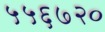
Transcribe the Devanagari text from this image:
५५६७२०